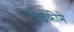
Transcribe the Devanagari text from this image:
तिडकीने